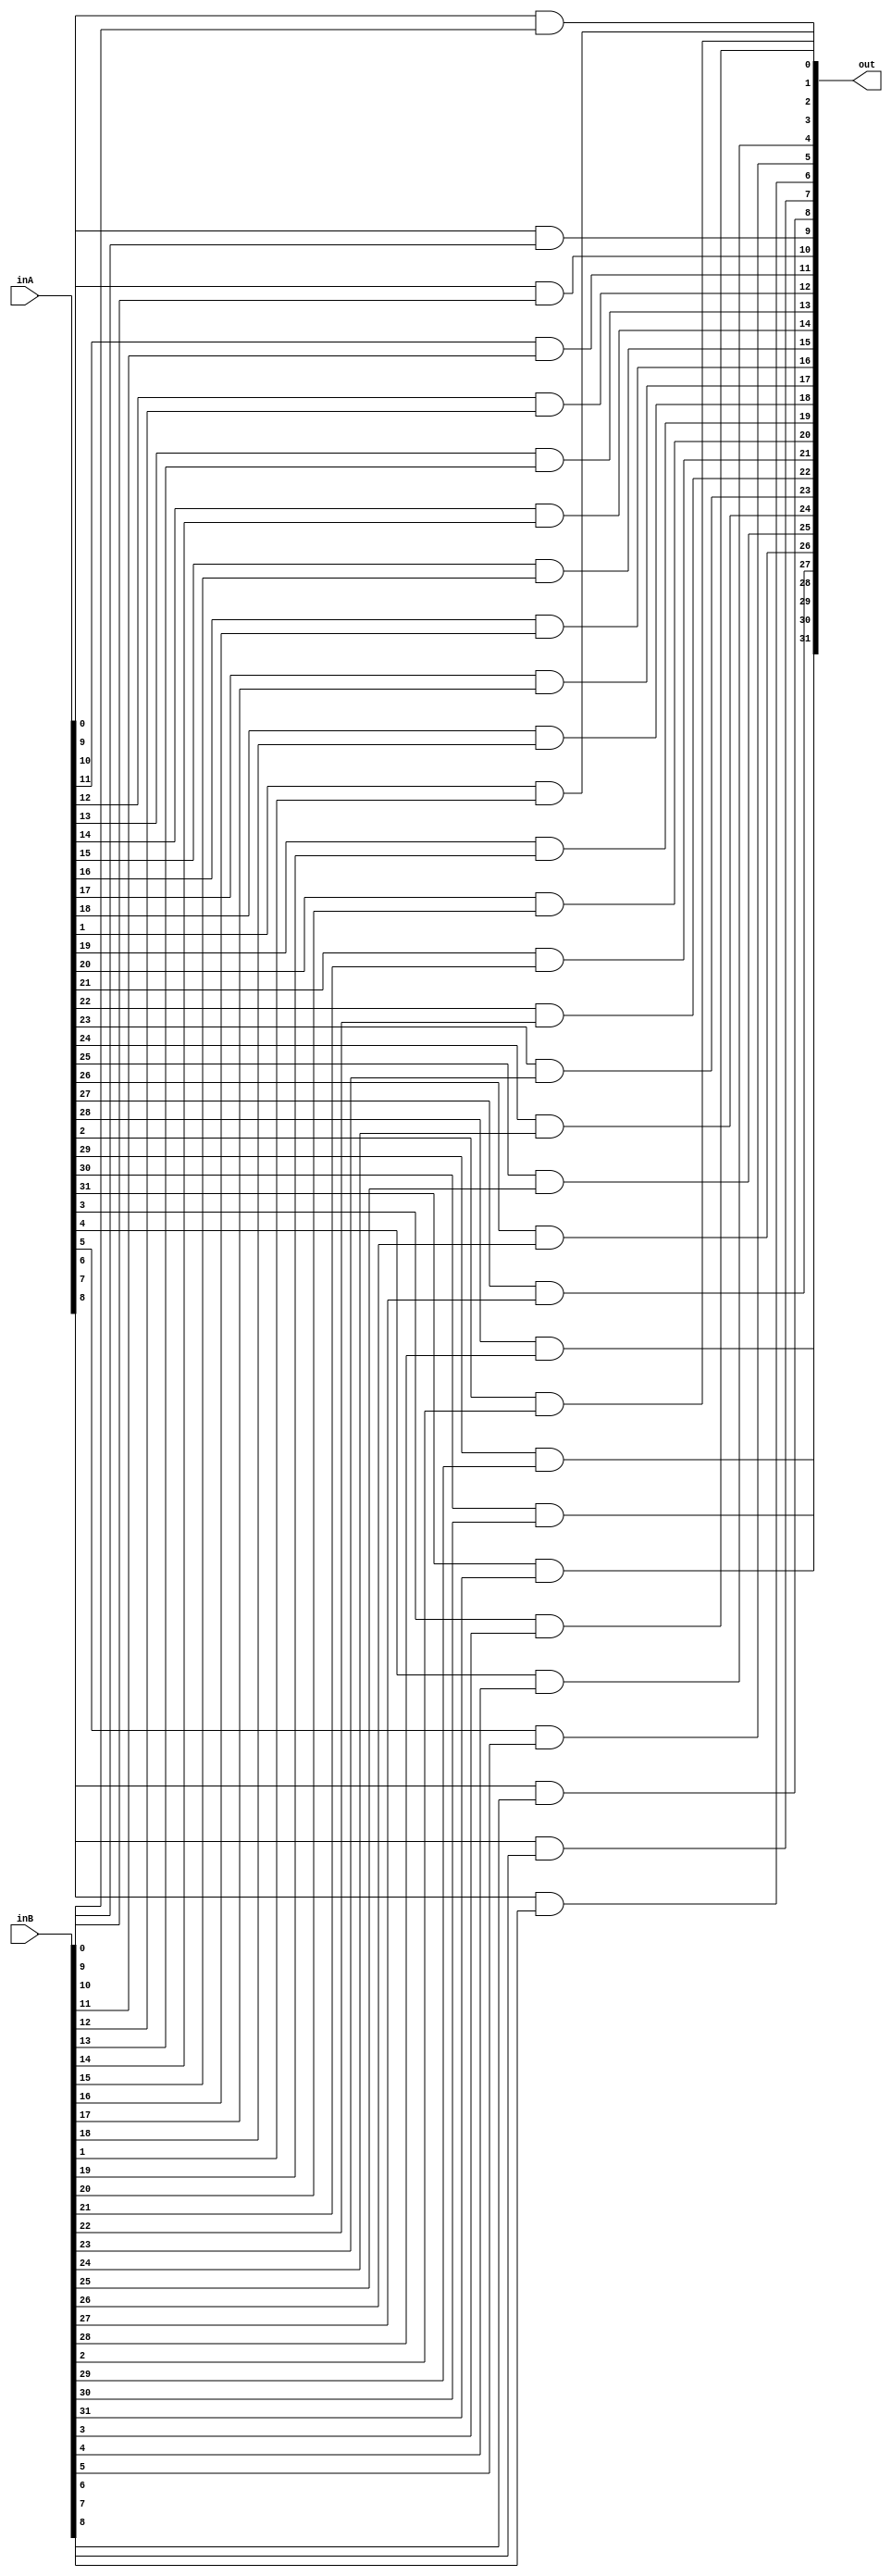
module bitwise_and(inA, inB, out);
	input [31:0] inA, inB;
	output [31:0] out;
	genvar i;
	generate
		for(i = 0; i < 32; i = i + 1) begin: andloop
			and my_and(out[i], inA[i], inB[i]);
		end
	endgenerate
endmodule